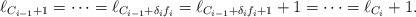
LaTeX: \begin{align*}\ell_{C_{i-1} + 1} = \cdots = \ell_{C_{i-1} + \delta_i f_i} =\ell_{C_{i-1} + \delta_i f_i + 1} + 1 = \cdots = \ell_{C_i} + 1.\end{align*}